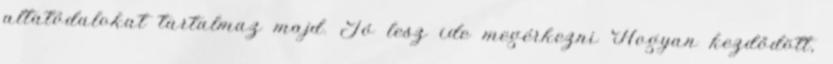
altatódalokat tartalmaz majd. Jó lesz ide megérkezni Hogyan kezdődött,